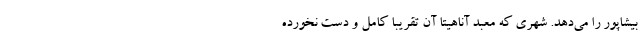
بیشاپور را می‌دهد. شهری که معبد آناهیتا آن تقریبا کامل و دست نخورده